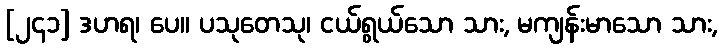
[၂၄၁] ဒဟရ၊ ပေ။ ပသုတေသု၊ ငယ်ရွယ်သော သား, မကျန်းမာသော သား,